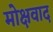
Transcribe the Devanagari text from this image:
मोक्षवाद